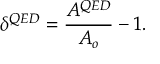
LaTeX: \delta ^ { Q E D } = \frac { A ^ { Q E D } } { A _ { o } } - 1 .